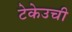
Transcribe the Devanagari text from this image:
टेकेउची